Annual report of the Punjab Veterinary College and of the Civil Veterinary Department, Punjab - 1894-1908
Year: 1894
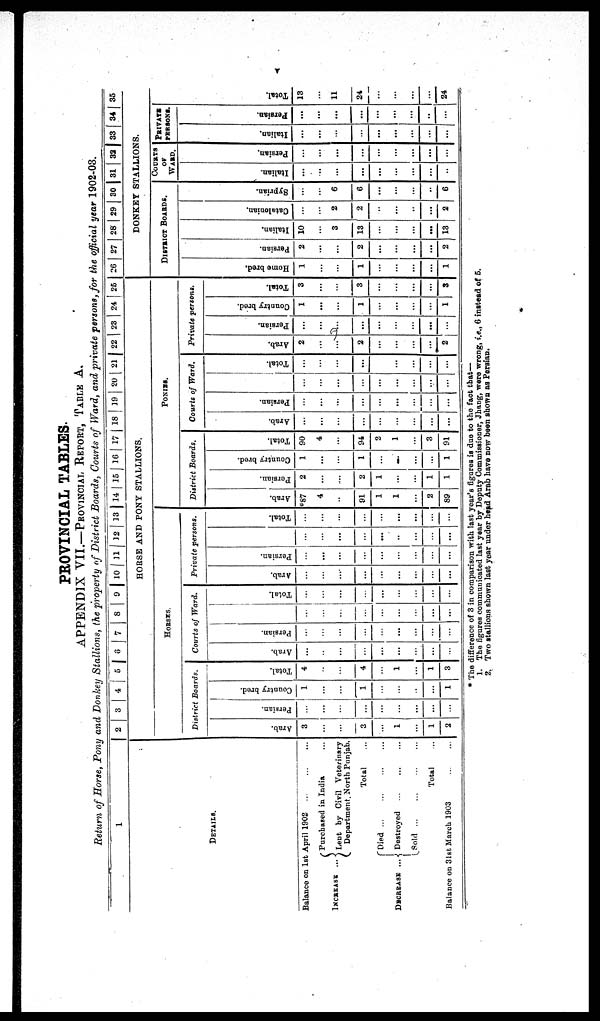
V
PROVINCIAL TABLES.
APPENDIX VII.—PROVINCIAL REPORT, TABLE A.
Return of Horse, Pony and Donkey Stallions, the property of District Boards, Courts of Ward, and private persons, for the official year 1902-03.
1
DETAILS.
Balance on 1st April 1902 … … …
INCREASE ...
DECREASE ...
Purchased in India ...
Lent by Civil veterinary
Department North Punjab.
Total ...
Died … … … …
Destroyed … … …
Sold
…
…
…
...
Total ...
Balance on 31st. March 1903 … …
2
3
4
5 6 7 8 9 10 11 12 13 14 15 16 17 18 19 20 21 22 23 24 25
HORSE AND PONY STALLIONS.
HORSES.
District Boards.
Arab.
3
…
…
3
…
1
...
1
2
Per s i
an.
…
…
…
…
…
…
…
…
…
Count r y br ed.
1
…
…
1
…
…
…
…
1
Tot al .
4
…
…
4
…
1
…
1
3
Courts of Ward.
Ar ab.
...
…
…
…
...
...
…
…
…
Per s i
an.
…
…
…
…
…
...
...
…
…
…
…
…
…
…
…
…
…
…
Tot al .
…
…
…
…
…
...
…
…
…
Private persons.
Arab.
…
…
…
…
…
…
…
…
...
Per s i
an.
…
...
…
…
…
…
…
…
…
...
…
…
…
…
...
…
…
...
Tot al .
…
...
…
…
…
...
...
...
…
PONIES.
District Boards.
Ar ab.
*87
4
…
91
1
1
…
2
89
Per s i
an.
2
…
…
2
1
...
...
1
1
Count r
y br ed.
1
...
…
1
…
...
…
…
1
Tot al .
90
4
…
94
2
1
…
3
91
Courts of Ward.
Arab.
...
...
…
...
...
…
…
…
...
Per s i
an.
…
...
…
...
...
...
...
…
...
…
…
…
…
…
…
…
...
...
Tot al .
...
…
…
...
…
…
...
...
...
Private persons.
Arab.
2
...
…
2
...
...
...
...
2
Per si an.
…
…
…
...
…
…
…
…
…
Count r y bred.
1
...
…
1
…
...
…
...
1
Tot al .
3
…
…
3
…
…
...
...
3
26 27 28 29 30 31 32 33 34 35
DONKEY STALLIONS.
DISTRICT BOARDS.
Ho me br ed.
1
…
…
1
...
...
...
...
1
Per s i
an.
2
...
…
2
...
…
...
...
2
I t al i an.
10
...
3
13
...
...
...
...
13
Cat al oni an.
…
...
2
2
..
...
..
...
2
Sypr i
an.
...
...
6
6
...
...
…
..
6
COURTS
OF
WARD.
I t al i an.
...
…
…
...
...
…
...
...
…
Per si an.
…
…
…
…
…
…
…
…
…
PRIVATE
PERSONS.
It al i an.
...
...
…
…
...
...
...
…
...
Per s i
an.
...
...
…
...
...
...
...
…
…
Tot al .
13
…
11
24
...
...
…
…
* The difference of 3 in comparison with last year's figures is due to the fact that—
1. The figures communicated last year by Deputy Commissioner, Jhang, were wrong, i.e., 6 instead of 5.
2. Two stallions shown last year under head Arab have now been shown as Persian.